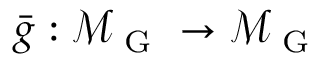
\bar { g } : \mathcal { M } _ { \mathrm { ~ G ~ } } \to \mathcal { M } _ { \mathrm { ~ G ~ } }